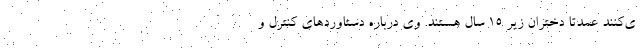
ی‌کنند عمدتا دختران زیر ۱۵ سال هستند. وی درباره دستاوردهای کنترل و